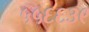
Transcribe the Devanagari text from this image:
५५६६३९